Civil Veterinary Department Bihar & Orissa reports 1922-29 - 1922-1929
Year: 1922
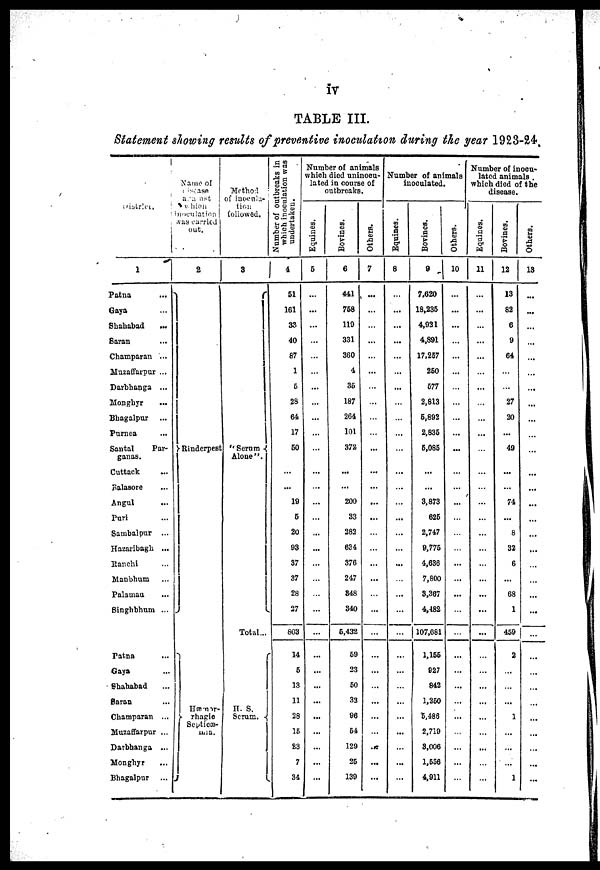
iv
TABLE III.
Statement showing results of preventive inoculation during the year 1923-24,
District
1
Patna
...
Gaya
Shahabad
...
Saran
Champaran ...
Muzaffarpur ...
Darbhanga ...
Monghyr
Bhagalpur
Purnea
Santal
Par-
ganas.
Cuttack
Balasore
Angul
Puri
Sambalpur ...
Hazaribagh ...
Ranchi
Manbhum
Palamau
Singhbhum ...
Patna
Gaya
Shahabad
Saran
Champaran ...
Muzaffarpur ...
Darbhanga ...
Monghyr
Bhagalpur ...
Name of
Disease
against
which
inoculation
was carried
out.
2
Rinderpest
J
Hæmo-rhagi o
Septicæ-
mia.
Method
of inocula-
tion
followed.
3
" Serum
Alone".
Total...
H. S.
Serum. -
Number of outbreaks in
which inoculation was
undertaken.
4
51
161
33
40
87
1
5
28
64
17
50
...
19
6
20
93
37
37
28
27
803
14
5
13
11
28
15
23
7
34
Number of animals
which died uninocu-
lated in coarse of
outbreaks.
Equi nes .
6
...
...
...
...
...
...
...
...
...
Bovines.
6
441
758
119
331
360
4
35
187
264
101
372
...
...
200
S3
282
634
376
247
848
840
5,432
59
23
50
33
96
54
129
25
139
Ot her s .
7
...
...
...
...
...
...
...
...
...
...
...
Number of animals
inoculated.
Equines.
8
...
...
...
...
...
...
...
...
...
...
...
Bovi nes .
Others.
9
10
7,620
18,235
4,921
4,891
17,257
250
577
2,813
6,892
2,835
5,085
...
...
3,873
625
2,747
9,775
4,636
7,800
8,367
4,482
107,681
1,155
927
842
1,250
5,486
2,719
3,006
1,556
4,911
...
...
...
...
...
...
...
...
Number of inocu-
lated animals .
which died of the
disease.
Equines.
11
...
...
...
...
...
...
...
...
Bovi nes .
12
13
82
6
9
64
27
20
...
49
...
74
...
8
32
6
...
68
1
459
2
1
1
Ot her s .
13
...
...
...
...
...
...
...
...
...
...
...
...
...
...
...
...
...